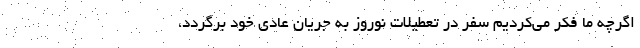
اگرچه ما فکر می‌کردیم سفر در تعطیلات نوروز به جریان عادی خود برگردد،